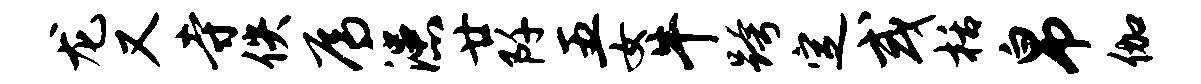
龙又寺佚焉漶廿阡五女牛跨定或栝帛伽